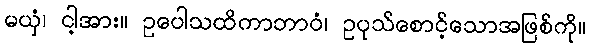
မယှံ၊ ငါ့အား။ ဥပေါသထိကာဘာဝံ၊ ဥပုသ်စောင့်သောအဖြစ်ကို။